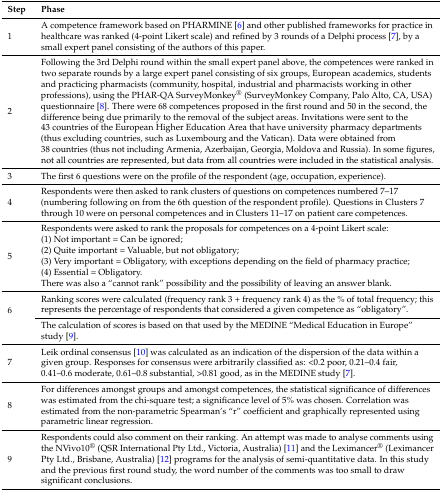
| Step | Phase |
 | --- | --- |
 | 1 | A competence framework based on PHARMINE [6] and other published frameworks for practice in healthcare was ranked (4-point Likert scale) and refined by 3 rounds of a Delphi process [7], by a small expert panel consisting of the authors of this paper. |
 | 2 | Following the 3rd Delphi round within the small expert panel above, the competences were ranked in two separate rounds by a large expert panel consisting of six groups, European academics, students and practicing pharmacists (community, hospital, industrial and pharmacists working in other professions), using the PHAR-QA SurveyMonkey® (SurveyMonkey Company, Palo Alto, CA, USA) questionnaire [8]. There were 68 competences proposed in the first round and 50 in the second, the difference being due primarily to the removal of the subject areas. Invitations were sent to the 43 countries of the European Higher Education Area that have university pharmacy departments (thus excluding countries, such as Luxembourg and the Vatican). Data were obtained from 38 countries (thus not including Armenia, Azerbaijan, Georgia, Moldova and Russia). In some figures, not all countries are represented, but data from all countries were included in the statistical analysis. |
 | 3 | The first 6 questions were on the profile of the respondent (age, occupation, experience). |
 | 4 | Respondents were then asked to rank clusters of questions on competences numbered 7–17 (numbering following on from the 6th question of the respondent profile). Questions in Clusters 7 through 10 were on personal competences and in Clusters 11–17 on patient care competences. |
 | <ROWSPAN=6> 5 | Respondents were asked to rank the proposals for competences on a 4-point Likert scale: |
 | (1) Not important = Can be ignored; |
 | (2) Quite important = Valuable, but not obligatory; |
 | (3) Very important = Obligatory, with exceptions depending on the field of pharmacy practice; |
 | (4) Essential = Obligatory. |
 | There was also a “cannot rank” possibility and the possibility of leaving an answer blank. |
 | <ROWSPAN=2> 6 | Ranking scores were calculated (frequency rank 3 + frequency rank 4) as the % of total frequency; this represents the percentage of respondents that considered a given competence as “obligatory”. |
 | The calculation of scores is based on that used by the MEDINE “Medical Education in Europe” study [9]. |
 | 7 | Leik ordinal consensus [10] was calculated as an indication of the dispersion of the data within a given group. Responses for consensus were arbitrarily classified as: <0.2 poor, 0.21–0.4 fair, 0.41–0.6 moderate, 0.61–0.8 substantial, >0.81 good, as in the MEDINE study [7]. |
 | 8 | For differences amongst groups and amongst competences, the statistical significance of differences was estimated from the chi-square test; a significance level of 5% was chosen. Correlation was estimated from the non-parametric Spearman’s “r” coefficient and graphically represented using parametric linear regression. |
 | 9 | Respondents could also comment on their ranking. An attempt was made to analyse comments using the NVivo10® (QSR International Pty Ltd., Victoria, Australia) [11] and the Leximancer® (Leximancer Pty Ltd., Brisbane, Australia) [12] programs for the analysis of semi-quantitative data. In this study and the previous first round study, the word number of the comments was too small to draw significant conclusions. |